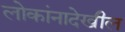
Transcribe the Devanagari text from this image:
लोकांनादेखील